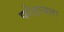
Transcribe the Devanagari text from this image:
फोडायला